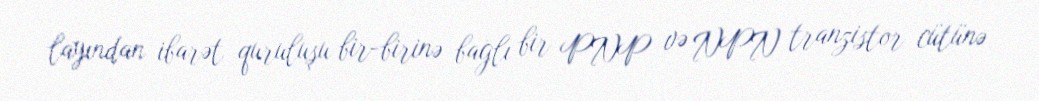
layından ibarət quruluşu bir-birinə bağlı bir PNP və NPN tranzistor cütünə